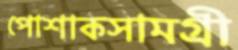
পোশাকসামগ্রী